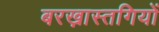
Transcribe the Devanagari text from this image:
बरख़ास्तगियों